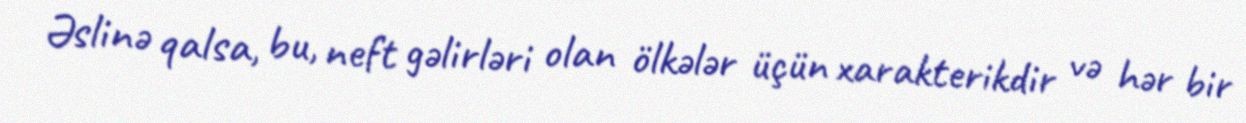
Əslinə qalsa, bu, neft gəlirləri olan ölkələr üçün xarakterikdir və hər bir